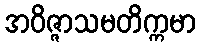
အဝိဇ္ဇာသမတိက္ကမာ